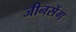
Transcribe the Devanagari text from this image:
जीनसेंग